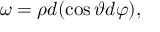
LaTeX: \omega = \rho d ( \cos \vartheta d \varphi ) ,